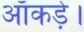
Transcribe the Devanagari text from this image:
आँकड़े।